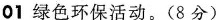
01绿色环保活动。(8分)